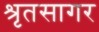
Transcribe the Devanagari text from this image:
श्रृतसागर